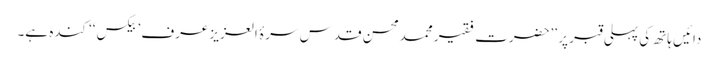
دائیں ہاتھ کی پہلی قبر پر ’’حضرت فقیر محمدمحسن قدس سرۂ العزیز عرف ’بیکس‘‘ کندہ ہے۔